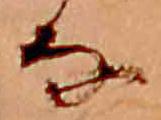
な